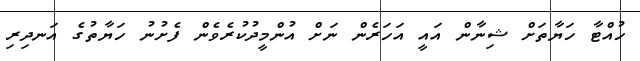
ހުއްޓާ ހަޔާތަށް ޝިނާން އައީ އަހަރެން ނަށް އުންމީދުކުރެވެން ފެށުނު ހަޔާތުގެ އަނދިރި